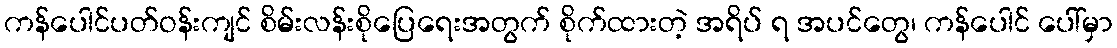
ကန်ပေါင်ပတ်ဝန်းကျင် စိမ်းလန်းစိုပြေရေးအတွက် စိုက်ထားတဲ့ အရိပ် ရ အပင်တွေ၊ ကန်ပေါင် ပေါ်မှာ